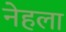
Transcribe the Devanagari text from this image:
नेहला